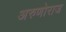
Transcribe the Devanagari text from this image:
अरुणोराज